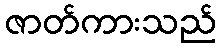
ဇာတ်ကားသည်